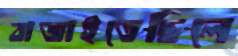
বাজাইতেছিলে